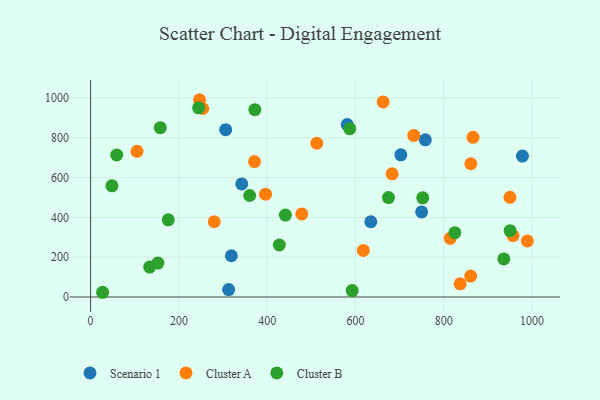
{"axis": {"x": "Distance", "y": "Fuel Efficiency"}, "legend": ["Cluster A", "Cluster B", "Scenario 1"], "data": [{"x": "312.8", "y": 37.6, "type": "Scenario 1"}, {"x": "635.0", "y": 378.3, "type": "Scenario 1"}, {"x": "978.5", "y": 708.2, "type": "Scenario 1"}, {"x": "306.0", "y": 841.3, "type": "Scenario 1"}, {"x": "750.1", "y": 427.9, "type": "Scenario 1"}, {"x": "581.4", "y": 866.7, "type": "Scenario 1"}, {"x": "758.5", "y": 789.8, "type": "Scenario 1"}, {"x": "318.9", "y": 207.5, "type": "Scenario 1"}, {"x": "703.0", "y": 714.8, "type": "Scenario 1"}, {"x": "342.5", "y": 568.6, "type": "Scenario 1"}, {"x": "396.3", "y": 517.1, "type": "Cluster A"}, {"x": "866.5", "y": 802.7, "type": "Cluster A"}, {"x": "814.9", "y": 294.9, "type": "Cluster A"}, {"x": "254.1", "y": 947.6, "type": "Cluster A"}, {"x": "732.3", "y": 812.0, "type": "Cluster A"}, {"x": "950.2", "y": 500.8, "type": "Cluster A"}, {"x": "957.1", "y": 308.7, "type": "Cluster A"}, {"x": "989.7", "y": 281.7, "type": "Cluster A"}, {"x": "246.8", "y": 991.6, "type": "Cluster A"}, {"x": "662.9", "y": 980.7, "type": "Cluster A"}, {"x": "837.4", "y": 66.5, "type": "Cluster A"}, {"x": "105.1", "y": 732.0, "type": "Cluster A"}, {"x": "478.5", "y": 417.8, "type": "Cluster A"}, {"x": "512.5", "y": 772.8, "type": "Cluster A"}, {"x": "371.4", "y": 680.5, "type": "Cluster A"}, {"x": "617.9", "y": 234.2, "type": "Cluster A"}, {"x": "683.2", "y": 619.3, "type": "Cluster A"}, {"x": "280.2", "y": 378.4, "type": "Cluster A"}, {"x": "861.3", "y": 105.3, "type": "Cluster A"}, {"x": "861.6", "y": 669.8, "type": "Cluster A"}, {"x": "592.7", "y": 32.4, "type": "Cluster B"}, {"x": "176.0", "y": 387.8, "type": "Cluster B"}, {"x": "59.1", "y": 713.8, "type": "Cluster B"}, {"x": "152.4", "y": 170.6, "type": "Cluster B"}, {"x": "825.3", "y": 323.2, "type": "Cluster B"}, {"x": "372.2", "y": 941.8, "type": "Cluster B"}, {"x": "244.7", "y": 950.9, "type": "Cluster B"}, {"x": "675.0", "y": 499.9, "type": "Cluster B"}, {"x": "936.3", "y": 191.6, "type": "Cluster B"}, {"x": "157.8", "y": 851.3, "type": "Cluster B"}, {"x": "133.9", "y": 150.3, "type": "Cluster B"}, {"x": "950.5", "y": 333.3, "type": "Cluster B"}, {"x": "27.2", "y": 23.8, "type": "Cluster B"}, {"x": "441.3", "y": 411.9, "type": "Cluster B"}, {"x": "360.4", "y": 510.3, "type": "Cluster B"}, {"x": "427.6", "y": 261.4, "type": "Cluster B"}, {"x": "752.6", "y": 498.4, "type": "Cluster B"}, {"x": "48.3", "y": 558.9, "type": "Cluster B"}, {"x": "587.3", "y": 846.1, "type": "Cluster B"}]}